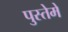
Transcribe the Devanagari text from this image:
पुस्तेमे